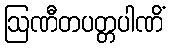
ဩဏီတပတ္တပါဏိံ